Report of an investigation of the epidemic of malarial fever in Assam, or, kala-azar
Disease focus: Malaria
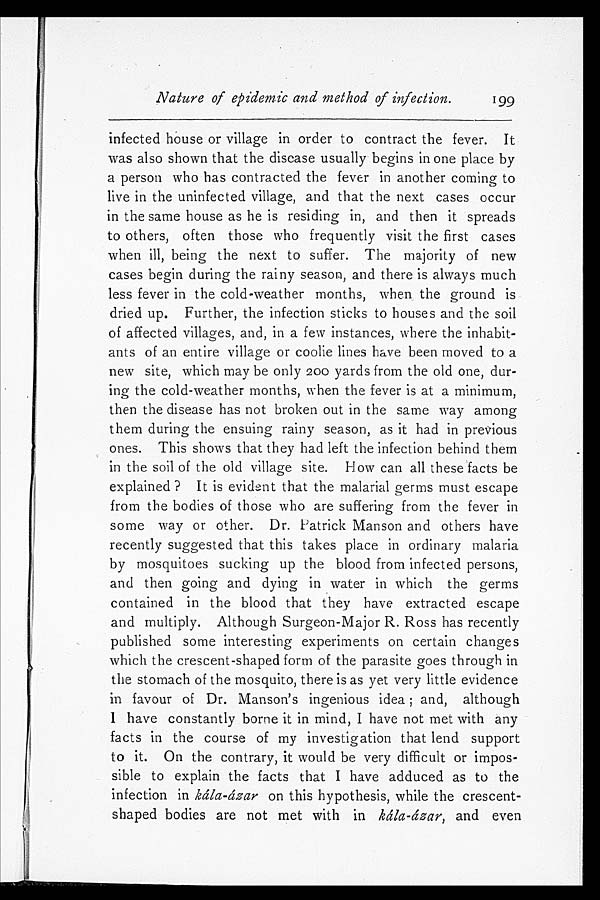
Nature of epidemic and method of infection.
199
infected house or village in order to contract the fever. It
was also shown that the disease usually begins in one place by
a person who has contracted the fever in another coming to
live in the uninfected village, and that the next cases occur
in the same house as he is residing in, and then it spreads
to others, often those who frequently visit the first cases
when ill, being the next to suffer. The majority of new
cases begin during the rainy season, and there is always much
less fever in the cold-weather months, when the ground is
dried up. Further, the infection sticks to houses and the soil
of affected villages, and, in a few instances, where the inhabit
-ants of an entire village or coolie lines have been moved to a
new site, which may be only 200 yards from the old one, dur
-ing the cold-weather months, when the fever is at a minimum,
then the disease has not broken out in the same way among
them during the ensuing rainy season, as it had in previous
ones. This shows that they had left the infection behind them
in the soil of the old village site. How can all these facts be
explained? It is evident that the malarial germs must escape
from the bodies of those who are suffering from the fever in
some way or other. Dr. Patrick Manson and others have
recently suggested that this takes place in ordinary malaria
by mosquitoes sucking up the blood from infected persons,
and then going and dying in water in which the germs
contained in the blood that they have extracted escape
and multiply. Although Surgeon-Major R. Ross has recently
published some interesting experiments on certain changes
which the crescent-shaped form of the parasite goes through in
the stomach of the mosquito, there is as yet very little evidence
in favour of Dr. Manson's ingenious idea; and, although
I have constantly borne it in mind, I have not met with any
facts in the course of my investigation that lend support
to it. On the contrary, it would be very difficult or impos
-sible to explain the facts that I have adduced as to the
infection in kála-ázar on this hypothesis, while the crescent-
shaped bodies are not met with in kála-ázar, and even